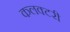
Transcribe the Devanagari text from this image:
कलक्टरी